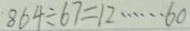
8 6 4 \div 6 7 = 1 2 \cdots 6 0